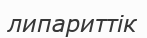
липариттік